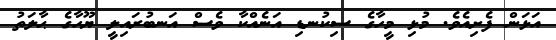
އަޅަން ފެށިއެވެ. މުޅި މީހާގެ ސިކުނޑި އަނެއްކާ ވެސް އަނބުރައިލީ ޔޫހާގެ ޙާލަތު